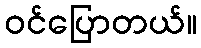
ဝင်ပြောတယ်။